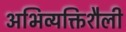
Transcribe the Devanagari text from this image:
अभिव्यक्तिशैली